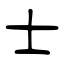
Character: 士